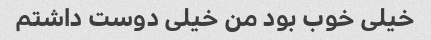
خیلی خوب بود من خیلی دوست داشتم